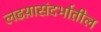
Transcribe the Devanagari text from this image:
लढय़ासंदर्भातील